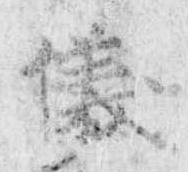
儀